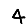
Digit: 4